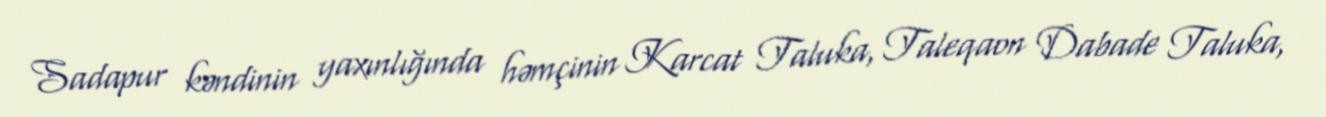
Sadapur kəndinin yaxınlığında həmçinin Karcat Taluka, Taleqaon Dabade Taluka,